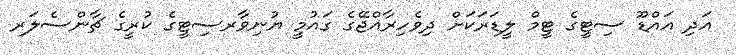
އަދި އައްޑޫ ސިޓީގެ ޓީމް ލީޑަރަކަށް ދިވެހިރާއްޖޭގެ ގައުމީ ޔުނިވާރސިޓީގެ ކުރީގެ ޗާންސެލަރ